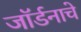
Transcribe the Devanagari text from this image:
जॉर्डनाचे